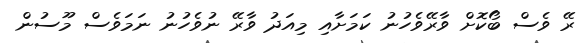
ރޭ ވެސް ބޯކޮށް ވާރޭވެހުނު ކަމަށާއި މިއަދު ވާރޭ ނުވެހުނު ނަމަވެސް މޫސުން